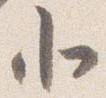
北